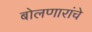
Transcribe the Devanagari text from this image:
बोलणारांचे